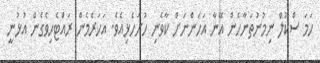
ހަމަ ސްކޫލް ނިމުނުތަނާހެން އޭނާ އަހަންނަށް ކާވެނި ހުށަހެޅިއެވެ. އަހަރެމެން ރައްޓެހިވެގެން އުޅުނީ